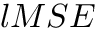
l M S E